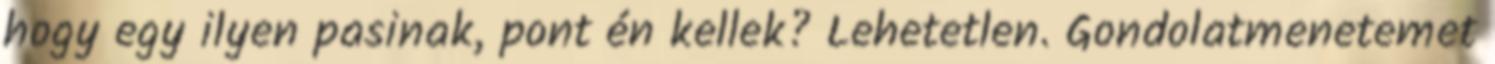
hogy egy ilyen pasinak, pont én kellek? Lehetetlen. Gondolatmenetemet